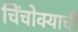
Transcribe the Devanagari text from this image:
चिंचोक्याची